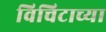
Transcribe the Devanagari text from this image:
विचिटाच्या